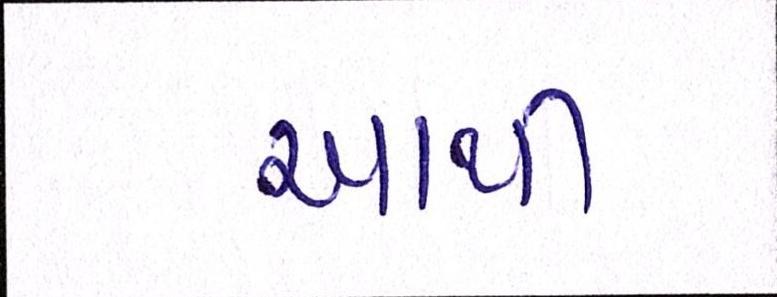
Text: આથી